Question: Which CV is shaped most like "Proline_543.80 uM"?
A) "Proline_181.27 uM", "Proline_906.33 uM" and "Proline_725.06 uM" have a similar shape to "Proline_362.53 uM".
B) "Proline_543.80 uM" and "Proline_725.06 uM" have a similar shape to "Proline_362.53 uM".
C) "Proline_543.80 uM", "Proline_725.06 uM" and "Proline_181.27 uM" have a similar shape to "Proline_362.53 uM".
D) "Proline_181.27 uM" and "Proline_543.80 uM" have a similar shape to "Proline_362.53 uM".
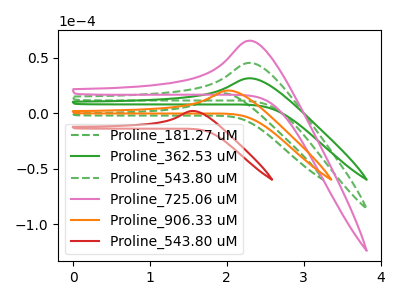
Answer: <think>The green dashed curve "Proline_181.27 uM" has an anodic peak at: (1.95V, 18.05uA). The green curve "Proline_362.53 uM" has an anodic peak at: (2.30V, 31.55uA). The green dashed curve "Proline_543.80 uM" has an anodic peak at: (2.30V, 45.45uA). The pink curve "Proline_725.06 uM" has an anodic peak at: (2.30V, 90.90uA). The orange curve "Proline_906.33 uM" has an anodic peak at: (2.05V, 20.55uA). The red curve "Proline_543.80 uM" has an anodic peak at: (1.55V, 2.15uA).
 "Proline_181.27 uM" and "Proline_362.53 uM" have at least one peak that do not match. "Proline_181.27 uM" and "Proline_543.80 uM" have at least one peak that do not match. "Proline_181.27 uM" and "Proline_725.06 uM" have at least one peak that do not match. "Proline_181.27 uM" and "Proline_906.33 uM" have at least one peak that do not match. "Proline_181.27 uM" and "Proline_543.80 uM" have at least one peak that do not match. All the peaks in "Proline_362.53 uM" have a peak in "Proline_543.80 uM" at the same potential. Every peak in "Proline_362.53 uM" is lower than every peak in "Proline_543.80 uM". All the peaks in "Proline_362.53 uM" have a peak in "Proline_725.06 uM" at the same potential. Every peak in "Proline_362.53 uM" is lower than every peak in "Proline_725.06 uM". "Proline_362.53 uM" and "Proline_906.33 uM" have at least one peak that do not match. "Proline_362.53 uM" and "Proline_543.80 uM" have at least one peak that do not match. All the peaks in "Proline_543.80 uM" have a peak in "Proline_725.06 uM" at the same potential. Every peak in "Proline_543.80 uM" is lower than every peak in "Proline_725.06 uM". "Proline_543.80 uM" and "Proline_906.33 uM" have at least one peak that do not match. "Proline_543.80 uM" and "Proline_543.80 uM" have at least one peak that do not match. "Proline_725.06 uM" and "Proline_906.33 uM" have at least one peak that do not match. "Proline_725.06 uM" and "Proline_543.80 uM" have at least one peak that do not match. "Proline_906.33 uM" and "Proline_543.80 uM" have at least one peak that do not match.</think>
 <answer>B) "Proline_543.80 uM" and "Proline_725.06 uM" have a similar shape to "Proline_362.53 uM".</answer>
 <eval>B</eval>